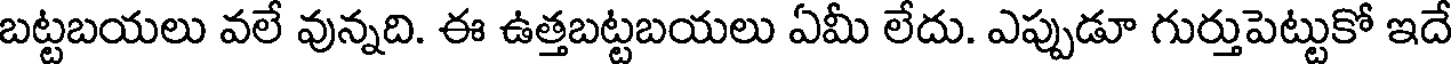
బట్టబయలు వలే వున్నది. ఈ ఉత్తబట్టబయలు ఏమీ లేదు. ఎప్పుడూ గుర్తుపెట్టుకో ఇదే